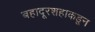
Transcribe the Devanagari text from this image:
बहादूरशहाकडून